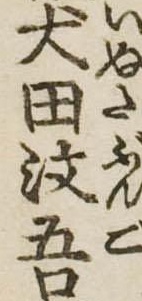
犬田汶吾